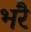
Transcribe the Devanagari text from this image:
भरै